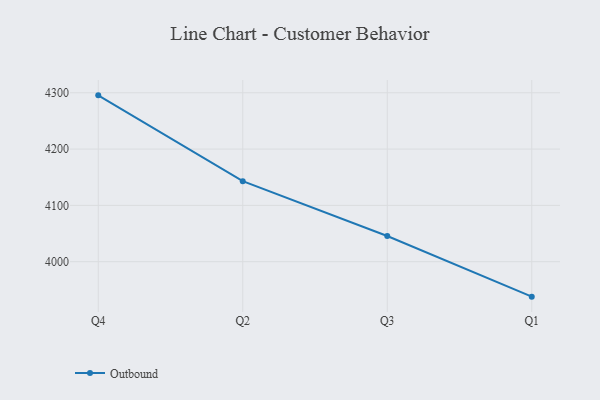
{"axis": {"x": "Quarter", "y": "Shipments"}, "legend": ["Outbound"], "data": [{"x": "Q4", "y": 4295.4, "type": "Outbound"}, {"x": "Q2", "y": 4143.0, "type": "Outbound"}, {"x": "Q3", "y": 4045.6, "type": "Outbound"}, {"x": "Q1", "y": 3937.9, "type": "Outbound"}]}